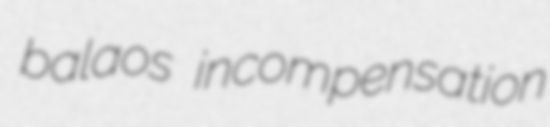
balaos incompensation